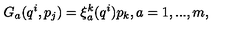
G _ { a } ( q ^ { i } , p _ { j } ) = \xi _ { a } ^ { k } ( q ^ { i } ) p _ { k } , a = 1 , . . . , m ,